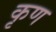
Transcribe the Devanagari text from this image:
कृण